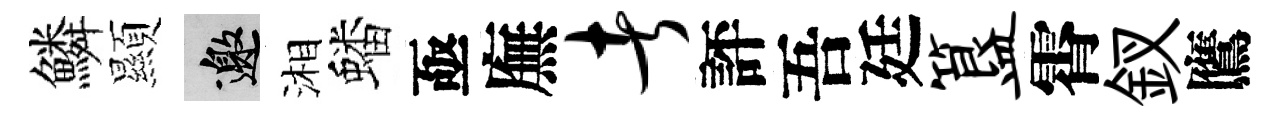
鱗顯邀湘蟠亟廡者評吾廷簋霄釵鷹